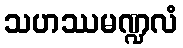
သဟဿမဏ္ဍလံ